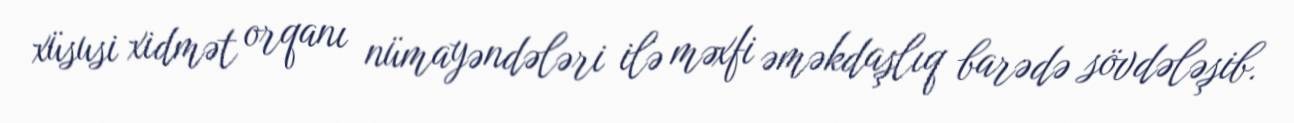
xüsusi xidmət orqanı nümayəndələri ilə məxfi əməkdaşlıq barədə sövdələşib.